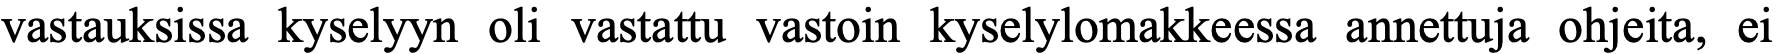
vastauksissa kyselyyn oli vastattu vastoin kyselylomakkeessa annettuja ohjeita, ei